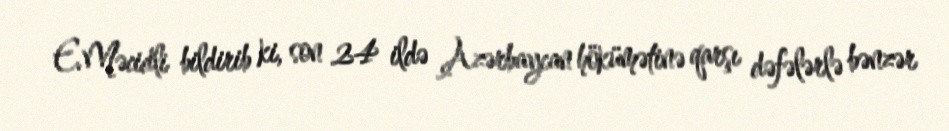
E.Məcidli bildirib ki, son 24 ildə Azərbaycan hökümətinə qarşı dəfələrlə bənzər